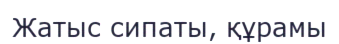
Жатыс сипаты, құрамы